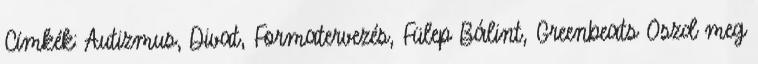
Címkék: Autizmus, Divat, Formatervezés, Fülep Bálint, Greenbeats Oszd meg